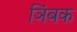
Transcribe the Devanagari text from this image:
ञिंबक